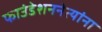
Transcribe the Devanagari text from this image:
फाउंडेशननेत्यांना